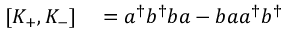
\begin{array} { r l } { [ K _ { + } , K _ { - } ] } & { { } = a ^ { \dagger } b ^ { \dagger } b a - b a a ^ { \dagger } b ^ { \dagger } } \end{array}